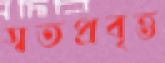
স্বতপ্রবৃত্ত